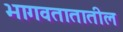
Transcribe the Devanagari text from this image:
भागवतातातील